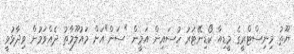
ޔޫތު މިނިސްޓްރީގެ މީޑިއާ ކޯޑިނޭޓަރު ހުސައިން އަމީން "ސަން"އަށް މައުލޫމާތު ދެއްވަމުން ވިދާޅުވީ